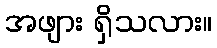
အဖျား ရှိသလား။